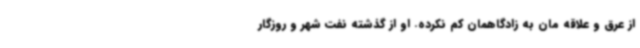
از عرق و علاقه مان به زادگاهمان کم نکرده. او از گذشته نفت شهر و روزگار